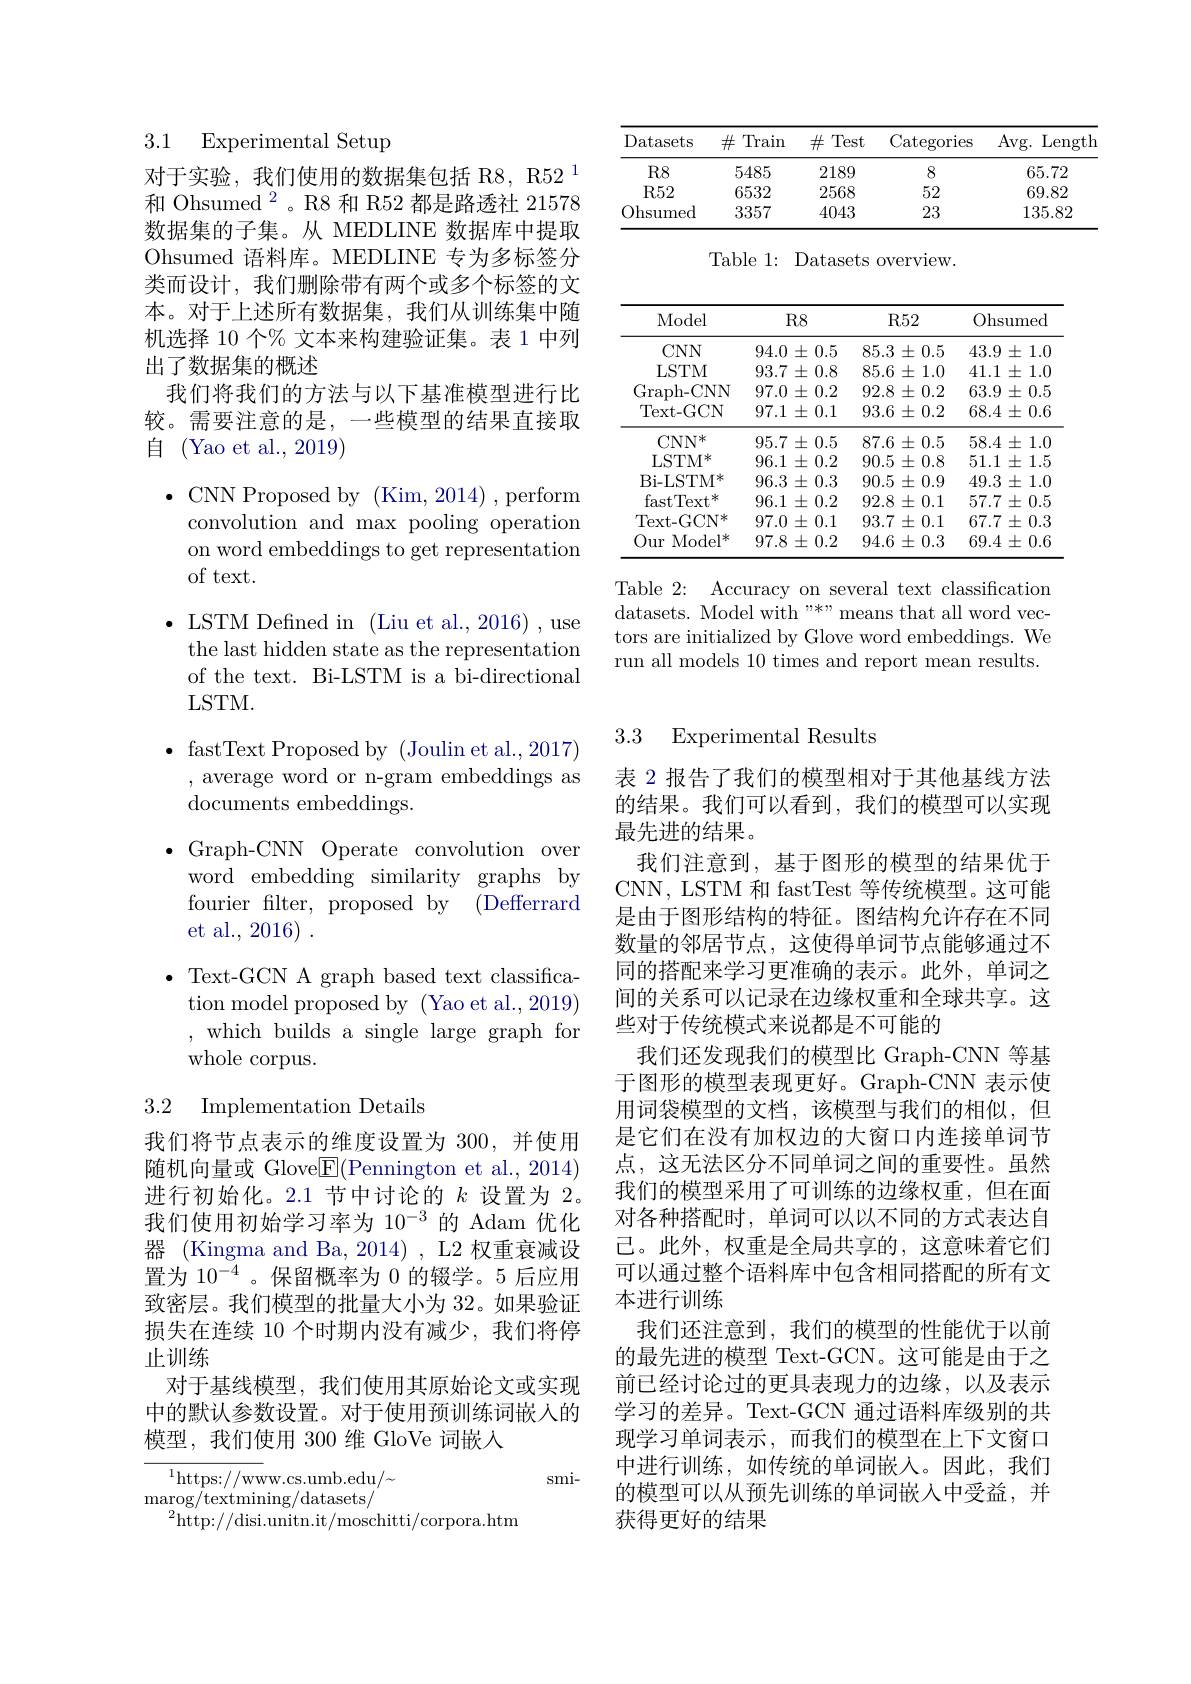
<table>
	<tbody>
		<tr>
			<th>Datasets</th>
			<th>$\#$ Train</th>
			<th>$\#$Test</th>
			<th>Categories</th>
			<th>Avg. Length</th>
		</tr>
		<tr>
			<td>$R8$</td>
			<td>5485</td>
			<td>2189</td>
			<td>8</td>
			<td>65.72</td>
		</tr>
		<tr>
			<td>$R52$</td>
			<td>6532</td>
			<td>2568</td>
			<td>52</td>
			<td>69.82</td>
		</tr>
		<tr>
			<td>Ohsumed</td>
			<td>3357</td>
			<td>4043</td>
			<td>23</td>
			<td>135.82</td>
		</tr>
	</tbody>
</table>

Table 1: Datasets overview.

<table>
	<tbody>
		<tr>
			<th>Model</th>
			<th>R8</th>
			<th>$R52$</th>
			<th>Ohsumed</th>
		</tr>
		<tr>
			<td>$CNN$</td>
			<td>94.0 $0\pm0.5$</td>
			<td>$85.3\pm0.5$</td>
			<td>43.9 士 1.0 4 $\frac{1}{2}=\frac{1}{2}$ </td>
		</tr>
		<tr>
			<td>LSTM</td>
			<td>93.7= $\pm0.8$</td>
			<td>$5\pm1.0$ 85.6</td>
			<td>41.1 1.0 士</td>
		</tr>
		<tr>
			<td>Graph- CNN</td>
			<td>$\pm0.2$ 97.0</td>
			<td>$\pm0.2$ 92.8</td>
			<td>$\pm0.5$ 63.9 2 </td>
		</tr>
		<tr>
			<td>Text- GCN</td>
			<td>$97.1\pm0.1$</td>
			<td>$93.6\pm0.2$</td>
			<td>$68.4\pm0.6$</td>
		</tr>
		<tr>
			<td>$\mathrm{CNN}^{*}$</td>
			<td>$95.7\pm0.5$</td>
			<td>$87.6\pm0.5$</td>
			<td>$58.4\pm$ =1.0 1</td>
		</tr>
		<tr>
			<td>LSTM* </td>
			<td>96.1 $\pm0.2$</td>
			<td>90.5 $5\pm0.8$</td>
			<td>51.1 士 1.5</td>
		</tr>
		<tr>
			<td>Bi- LST$M^{* }$</td>
			<td>96.3 $\pm0.3$ </td>
			<td>$\pm0.9$ 90.5</td>
			<td>49.3 士 1.0</td>
		</tr>
		<tr>
			<td>$\mathrm{fastText}^*$</td>
			<td>$96.1\pm0.2$</td>
			<td>$92.8\pm0.1$</td>
			<td>$57.7\pm0.5$</td>
		</tr>
		<tr>
			<td>$\mathrm{Text-GCN}^{*}$</td>
			<td>97.0 $\pm0.1$</td>
			<td>$93.7\pm0.1$</td>
			<td>$67.7\pm0.3$</td>
		</tr>
		<tr>
			<td>Our $\mathrm{Model}^{*}$</td>
			<td>$97.8\pm0.2$</td>
			<td>$94.6\pm0.3$</td>
			<td>$69.4\pm0.6$</td>
		</tr>
	</tbody>
</table>

Table 2: Accuracy on several text classification datasets. Model with "*" means that all word vectors are initialized by Glove word embeddings. We run all models 10 times and report mean results.

### 3.1 Experimental Setup

对于实验，我们使用的数据集包括 R8, R52$^{1}$ 和 Ohsumed $^{2}$。R8 和 R52 都是路透社 21578数据集的子集。从 MEDLINE 数据库中提取Ohsumed 语料库。MEDLINE 专为多标签分类而设计，我们删除带有两个或多个标签的文本。对于上述所有数据集，我们从训练集中随机选择 10 个% 文本来构建验证集。表 1 中列出了数据集的概述

我们将我们的方法与以下基准模型进行比较。需要注意的是，一些模型的结果直接取自 (Yao et al., 2019)

$\bullet$CNN Proposed by ( Kim, 2014) , perform
convolution and max pooling operation on word embeddings to get representation of text.
$\bullet$ LSTM Defined in (Liu et al., 2016) , use
the last hidden state as the representation of the text. Bi-LSTM is a bi-directional LSTM.
$\bullet$ fastText Proposed by (Joulin et al.,2017)
, average word or n-gram embeddings as
${\mathrm{documents~embeddings.}}$
$\bullet$Graph-CNN Operate convolution over
word embedding similarity graphs by fourier filter, proposed by (Defferrard et al., 2016) .
$\bullet$ Text-GCN A graph based text classification model proposed by (Yao et al.,2019) ,which builds a single large graph for whole corpus.
3.2 Implementation Details

我们将节点表示的维度设置为 300,并使用随机向量或 Glove$\underline{\mathrm{E}}($Pennington et al., 2014) 进行初始化。2.1 节中讨论的$k$设置为 2。我们使用初始学习率为 10$^{-3}$的 Adam 优化器 (Kingma and Ba, 2014) , L2 权重衰减设置为 10$^-4$ 。保留概率为 0 的辍学。5 后应用致密层。我们模型的批量大小为 32。如果验证损失在连续 10 个时期内没有减少，我们将停止训练
对于基线模型，我们使用其原始论文或实现中的默认参数设置。对于使用预训练词嵌入的模型，我们使用 300 维 GloVe 词嵌入

${\overline{{^{1}\mathrm{https://ww}}}}$w.cs.umb.edu/~
smi-
${\mathrm{marog/textmining/datasets/}}$
$^{2}$http://disi.unitn.it/moschitti/corpora.htm

## 3.3 Experimental Results

表 2 报告了我们的模型相对于其他基线方法的结果。我们可以看到，我们的模型可以实现最先进的结果。
我们注意到，基于图形的模型的结果优于CNN, LSTM 和 fastTest 等传统模型。这可能是由于图形结构的特征。图结构允许存在不同数量的邻居节点，这使得单词节点能够通过不同的搭配来学习更准确的表示。此外，单词之间的关系可以记录在边缘权重和全球共享。这些对于传统模式来说都是不可能的
我们还发现我们的模型比 Graph-CNN 等基于图形的模型表现更好。Graph-CNN 表示使用词袋模型的文档，该模型与我们的相似，但是它们在没有加权边的大窗口内连接单词节点，这无法区分不同单词之间的重要性。虽然我们的模型采用了可训练的边缘权重，但在面对各种搭配时，单词可以以不同的方式表达自己。此外，权重是全局共享的，这意味着它们可以通过整个语料库中包含相同搭配的所有文本进行训练
我们还注意到，我们的模型的性能优于以前的最先进的模型 Text-GCN。这可能是由于之前已经讨论过的更具表现力的边缘，以及表示学习的差异。Text-GCN 通过语料库级别的共现学习单词表示，而我们的模型在上下文窗口中进行训练，如传统的单词嵌入。因此，我们的模型可以从预先训练的单词嵌入中受益，并获得更好的结果